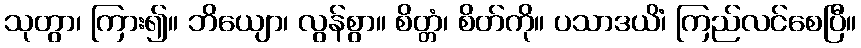
သုတွာ၊ ကြား၍။ ဘိယျော၊ လွန်စွာ။ စိတ္တံ၊ စိတ်ကို။ ပသာဒယိံ၊ ကြည်လင်စေပြီ။